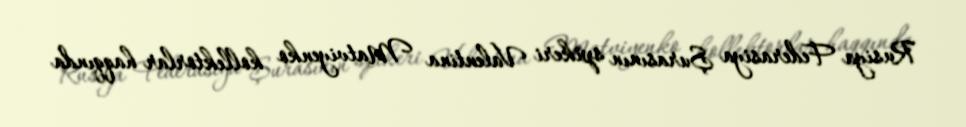
Rusiya Federasiya Şurasının spikeri Valentina Matviyenko kollektorlar haqqında